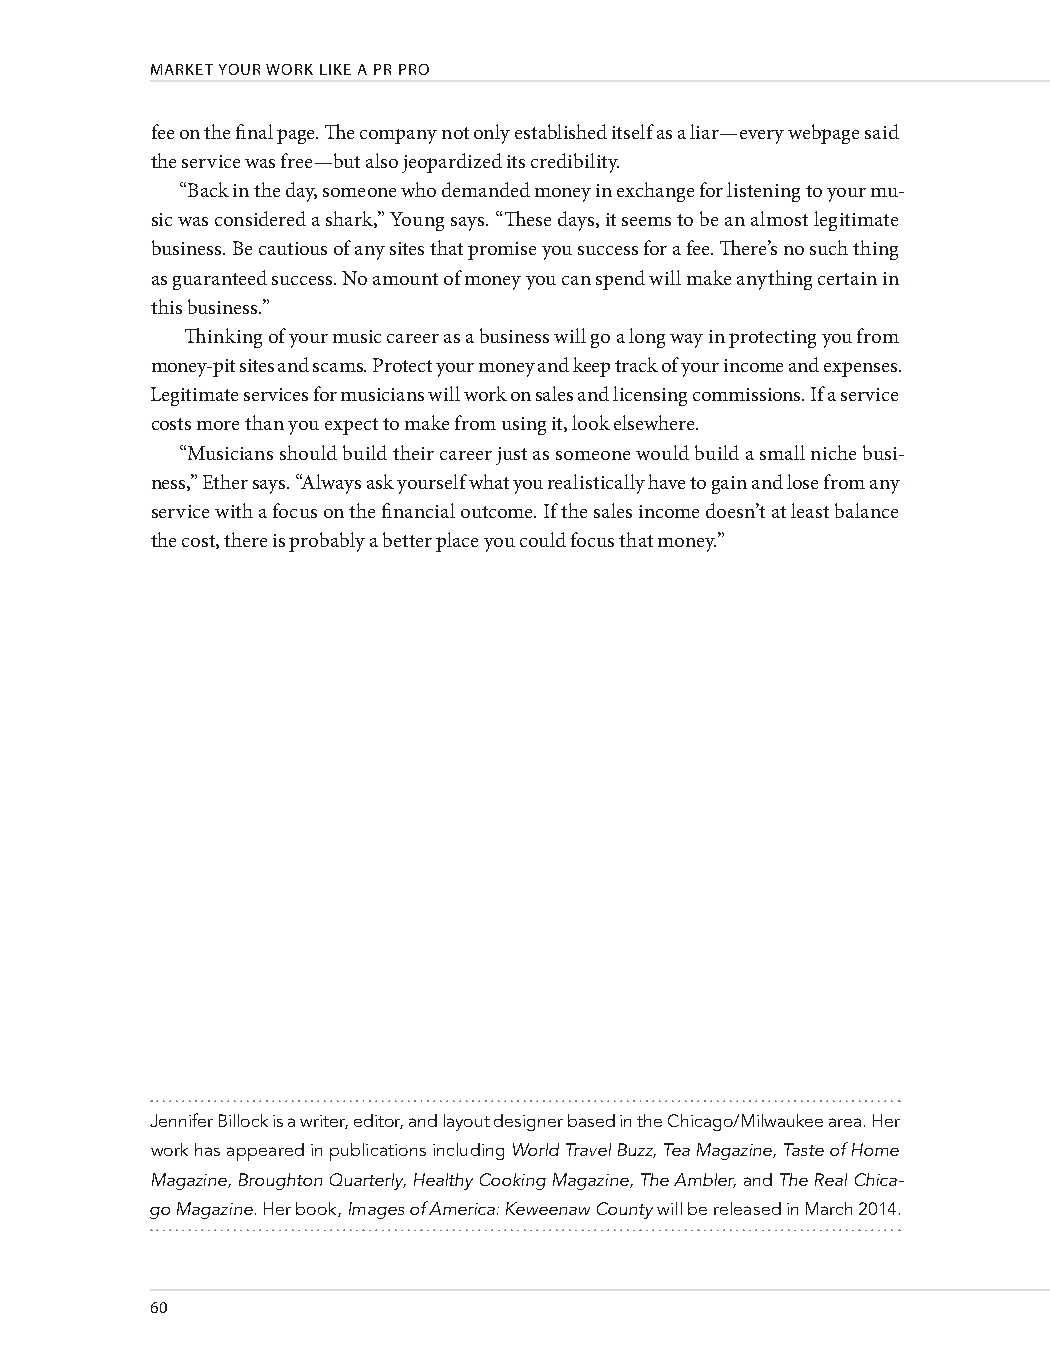
MARKET YOUR WORK LIKE A PR PRO
 fee on the final page. The company not only established itself as a liar—every webpage said
 the service was free—but also jeopardized its credibility.
 “Back in the day, someone who demanded money in exchange for listening to your mu-
 sic was considered a shark,” Young says. “These days, it seems to be an almost legitimate
 business. Be cautious of any sites that promise you success for a fee. There’s no such thing
 as guaranteed success. No amount of money you can spend will make anything certain in
 this business.”
 Thinking of your music career as a business will go a long way in protecting you from
 money-pit sites and scams. Protect your money and keep track of your income and expenses.
 Legitimate services for musicians will work on sales and licensing commissions. If a service
 costs more than you expect to make from using it, look elsewhere.
 “Musicians should build their career just as someone would build a small niche busi-
 ness,” Ether says. “Always ask yourself what you realistically have to gain and lose from any
 service with a focus on the financial outcome. If the sales income doesn’t at least balance
 the cost, there is probably a better place you could focus that money.”
 Jennifer Billock is a writer, editor, and layout designer based in the Chicago/Milwaukee area. Her
 work has appeared in publications including World Travel Buzz, Tea Magazine, Taste of Home
 Magazine, Broughton Quarterly, Healthy Cooking Magazine, The Ambler, and The Real Chica-
 go Magazine. Her book, Images of America: Keweenaw County will be released in March 2014.
 60